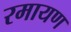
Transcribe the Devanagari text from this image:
रमायण